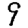
Digit: 9